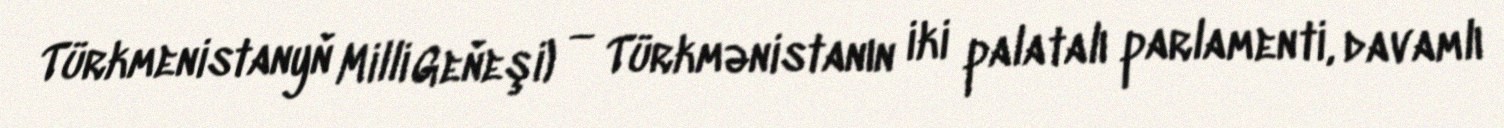
Türkmenistanyň Milli Geňeşi) — Türkmənistanın iki palatalı parlamenti, davamlı